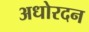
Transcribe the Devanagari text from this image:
अधोरदन